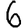
Digit: 6